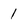
Character: 1